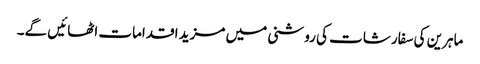
ماہرین کی سفارشات کی روشنی میں مزید اقدامات اٹھائیں گے۔